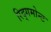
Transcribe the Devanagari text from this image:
रिद्गमोन्ट